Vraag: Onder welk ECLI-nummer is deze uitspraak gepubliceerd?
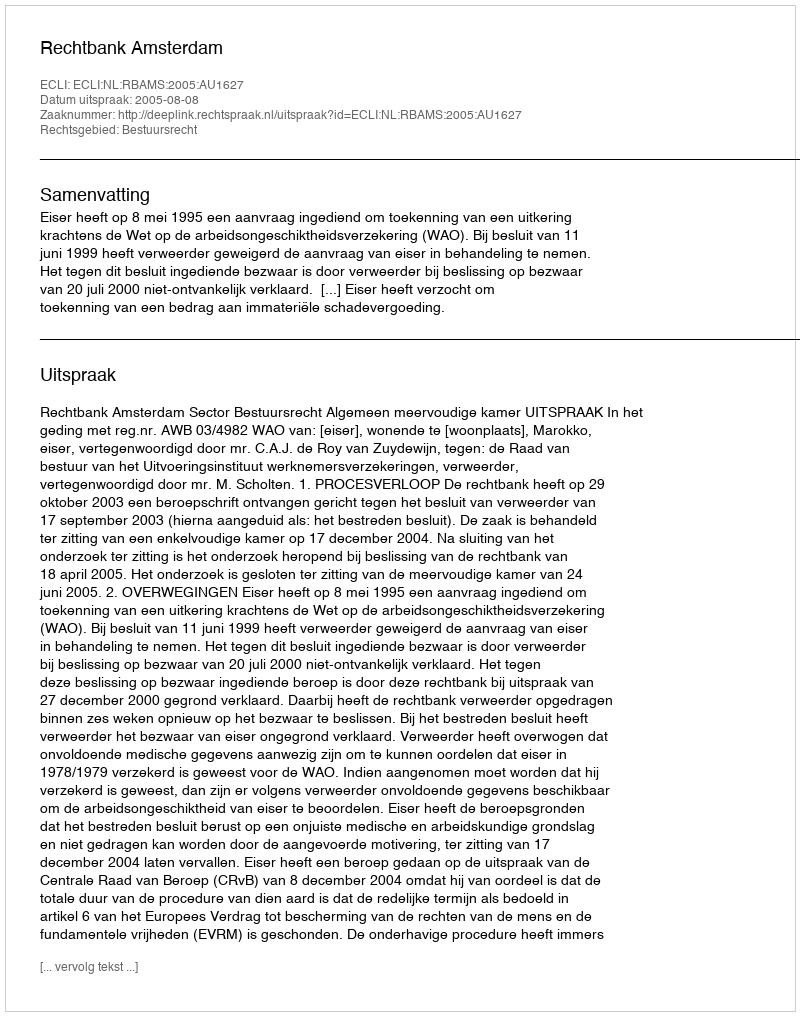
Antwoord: ECLI:NL:RBAMS:2005:AU1627